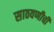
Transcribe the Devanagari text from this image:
साठवणीची